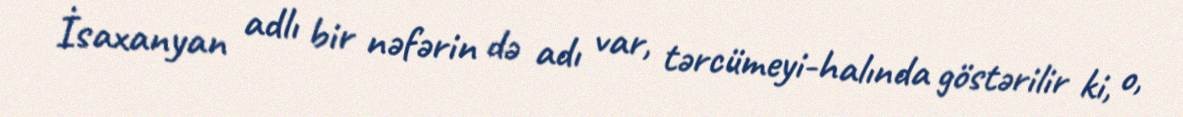
İsaxanyan adlı bir nəfərin də adı var, tərcümeyi-halında göstərilir ki, o,